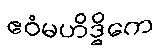
ဧဝံမဟိဒ္ဓိကေ